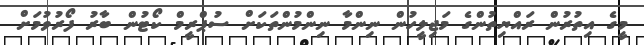
މީގެ އިތުރުން ރައްޔިތުންގެ މަޖިލީހުން ނިންމާ ނިންމުންތަކަށް ސުޕްރީމް ކޯޓުން ބާރު ފޯރުވުމަށް